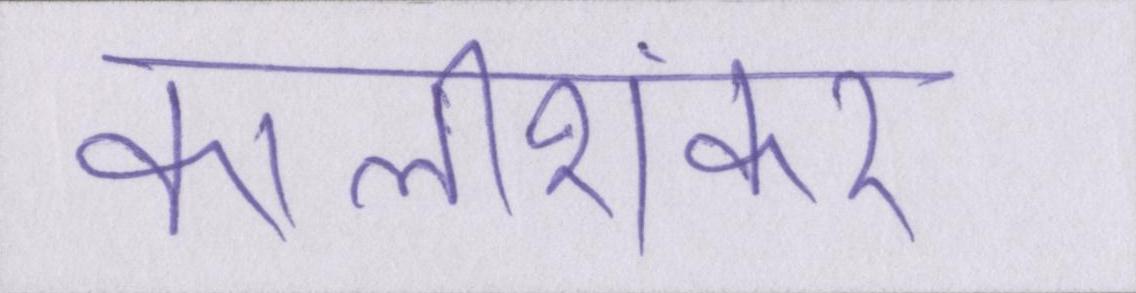
कालीशंकर